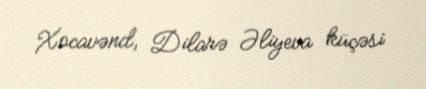
Xocavənd, Dilarə Əliyeva küçəsi